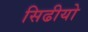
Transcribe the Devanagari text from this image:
सिढीयो